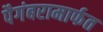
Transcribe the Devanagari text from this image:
पैगंबरामार्फत